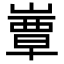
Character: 𡼬